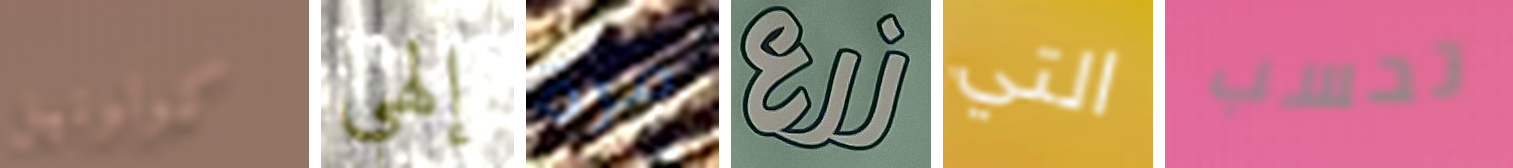
كولونيل إلهي مرة زرع التي تحسب